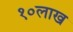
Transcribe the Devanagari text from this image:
१०लाख